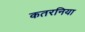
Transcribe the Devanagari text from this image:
कतरनिया